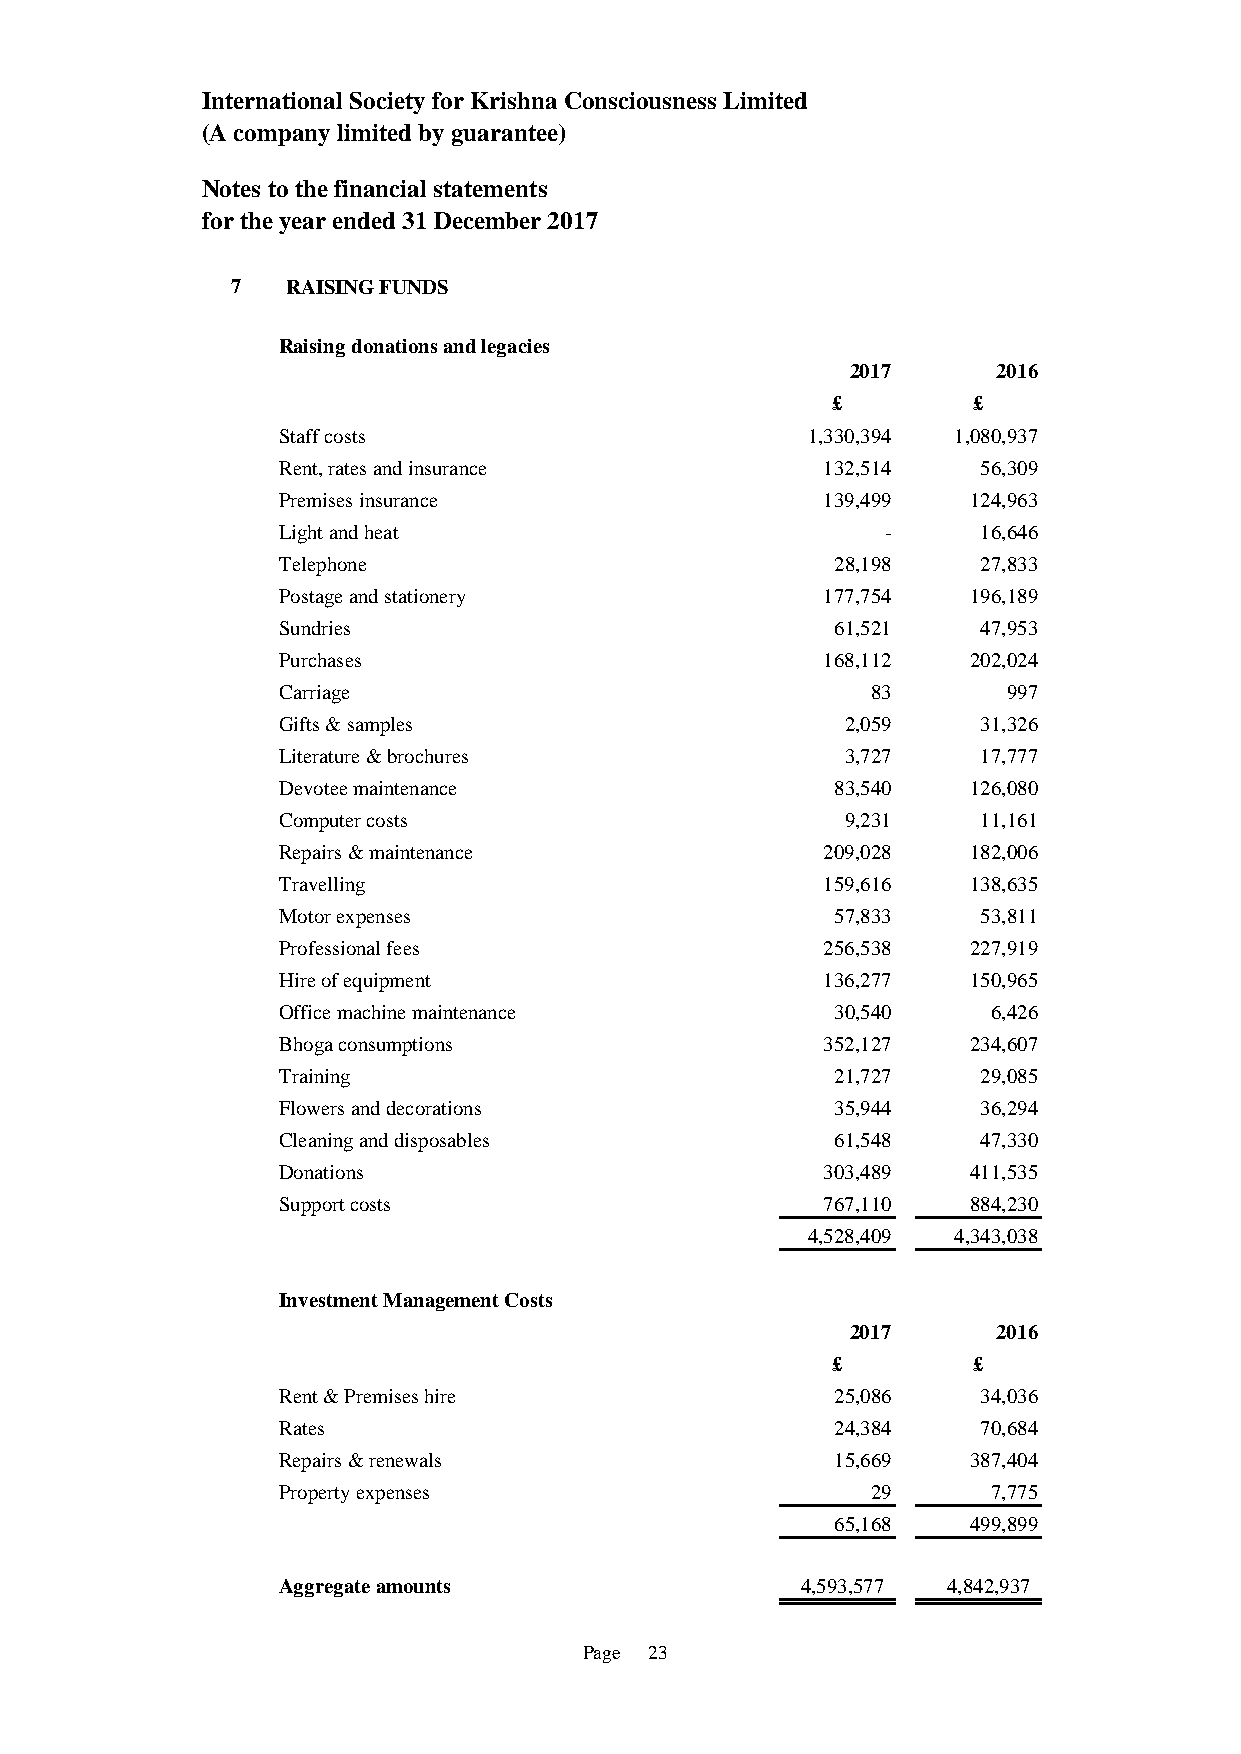
International Society for Krishna Consciousness Limited
 (A company limited by guarantee)
 Notes to the financial statements
 for the year ended 31 December 2017
 7   RAISING FUNDS
 Raising donations and legacies
 2017      2016
 £        £
 Staff costs                        1,330,394 1,080,937
 Rent, rates and insurance           132,514    56,309
 Premises insurance                  139,499   124,963
 Light and heat                           -     16,646
 Telephone                            28,198    27,833
 Postage and stationery              177,754   196,189
 Sundries                             61,521    47,953
 Purchases                           168,112   202,024
 Carriage                                83       997
 Gifts & samples                       2,059    31,326
 Literature & brochures                3,727    17,777
 Devotee maintenance                  83,540   126,080
 Computer costs                        9,231    11,161
 Repairs & maintenance               209,028   182,006
 Travelling                          159,616   138,635
 Motor expenses                       57,833    53,811
 Professional fees                   256,538   227,919
 Hire of equipment                   136,277   150,965
 Office machine maintenance           30,540     6,426
 Bhoga consumptions                  352,127   234,607
 Training                             21,727    29,085
 Flowers and decorations              35,944    36,294
 Cleaning and disposables             61,548    47,330
 Donations                           303,489   411,535
 Support costs                       767,110   884,230
 4,528,409 4,343,038
 Investment Management Costs
 2017      2016
 £        £
 Rent & Premises hire                 25,086    34,036
 Rates                                24,384    70,684
 Repairs & renewals                   15,669   387,404
 Property expenses                       29      7,775
 65,168   499,899
 Aggregate amounts                  4,593,577 4 ,842,937
 Page 23